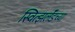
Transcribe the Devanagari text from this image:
स्वित्झर्लॅडच्या